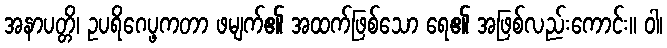
အနာပတ္တိ၊ ဥပရိဂေပ္ဖကတာ ဖမျက်၏ အထက်ဖြစ်သော ရေ၏ အဖြစ်လည်းကောင်း။ ဝါ၊